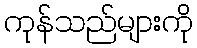
ကုန်သည်များကို